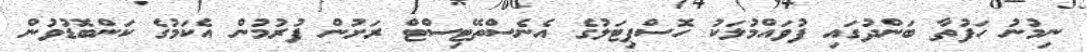
ނިމުނު ހަފުތާ ބަންދުގައި ފުވައްމުލަކު ހޮސްޕިޓަލުގެ އެނެސްތޭޓިސްޓް ރަށުން ފުރުމުން އެކަމުގެ ކަންބޮޑުވުން